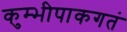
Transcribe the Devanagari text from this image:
कुम्भीपाकगतं